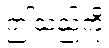
ဤသည်ကို